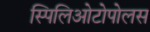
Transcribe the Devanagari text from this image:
स्पिलिओटोपोलस